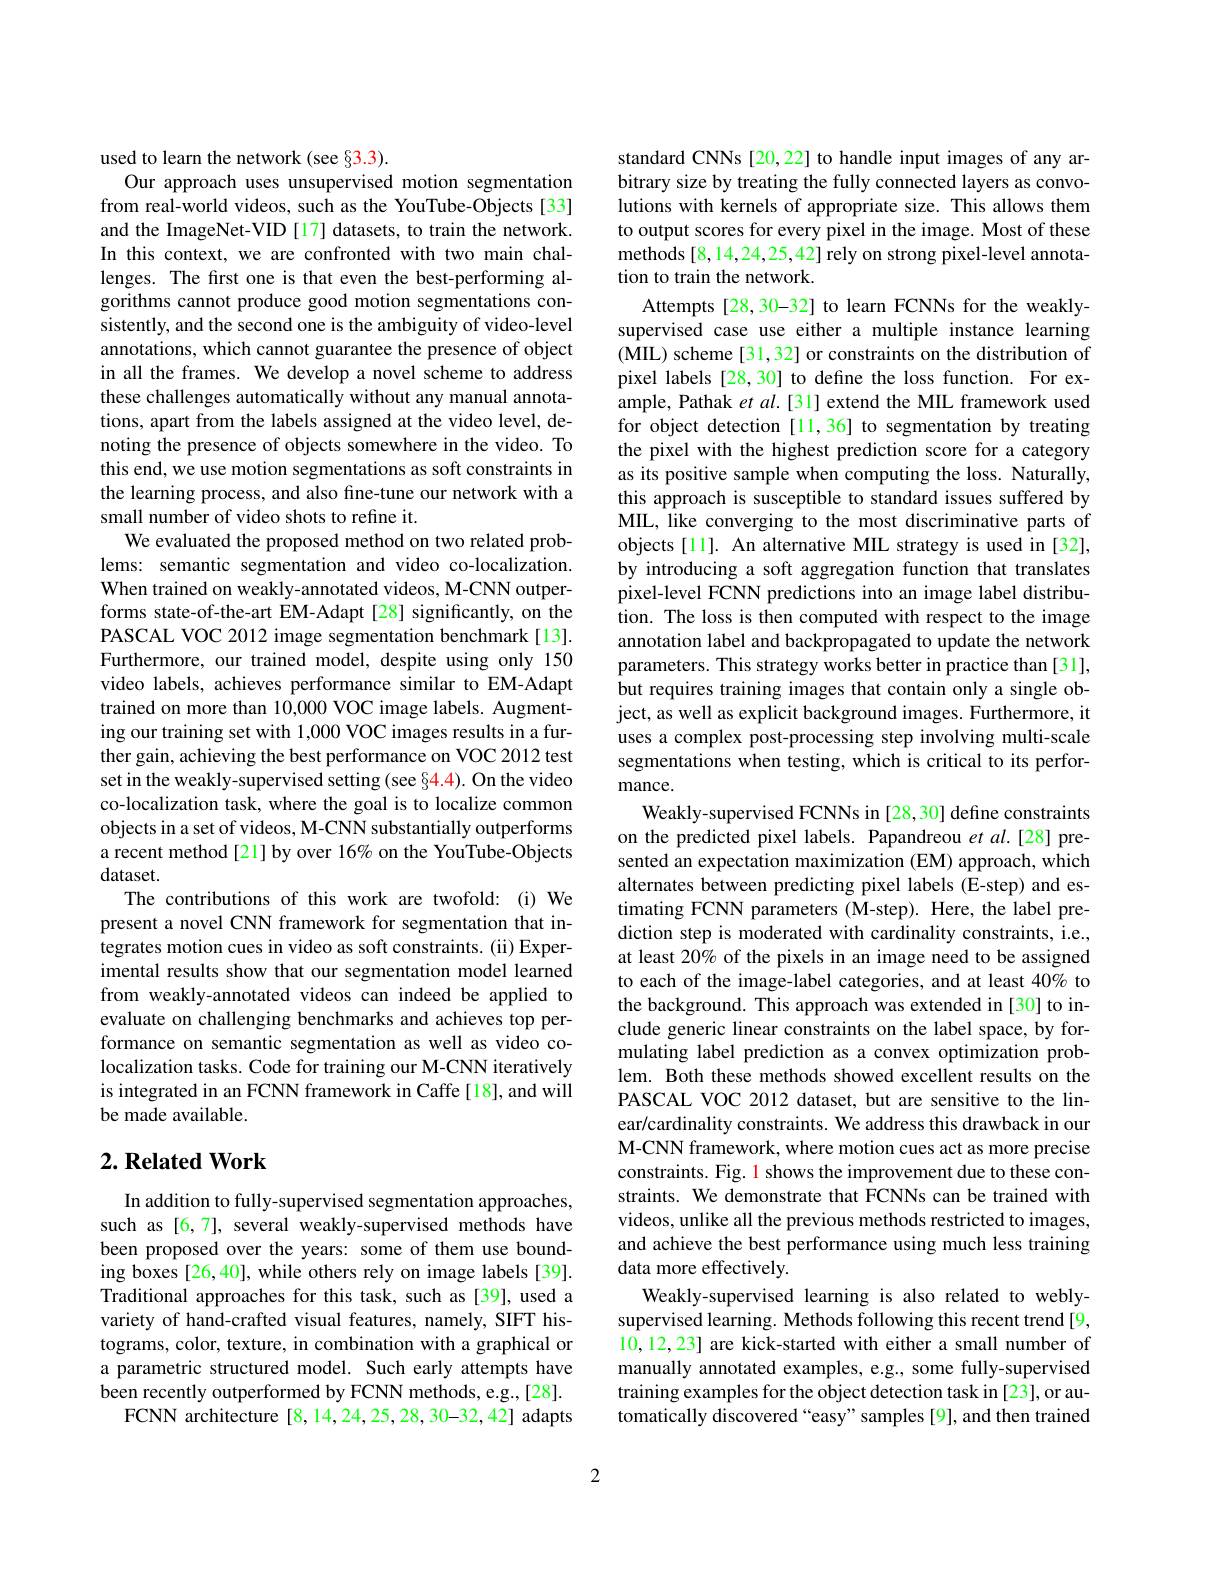
used to learn the network (see §3.3).

Our approach uses unsupervised motion segmentation from real-world videos, such as the YouTube-Objects[33] and the ImageNet-VID [17] datasets, to train the network. In this context, we are confronted with two main challenges. The first one is that even the best-performing algorithms cannot produce good motion segmentations consistently, and the second one is the ambiguity of video-level annotations, which cannot guarantee the presence of object in all the frames. We develop a novel scheme to address these challenges automatically without any manual annotations, apart from the labels assigned at the video level, denoting the presence of objects somewhere in the video. To this end, we use motion segmentations as soft constraints in the learning process, and also fine-tune our network with a small number of video shots to refine it.
We evaluated the proposed method on two related problems: semantic segmentation and video co-localization. When trained on weakly-annotated videos, M-CNN outperforms state-of-the-art EM-Adapt[28] significantly, on the PASCAL VOC 2012 image segmentation benchmark[13]. Furthermore, our trained model, despite using only 150 video labels, achieves performance similar to EM-Adapt trained on more than 10,000 VOC image labels. Augmenting our training set with 1,000 VOC images results in a further gain, achieving the best performance on VOC 2012 test set in the weakly-supervised setting (see §4.4). On the video co-localization task, where the goal is to localize common objects in a set of videos, M-CNN substantially outperforms a recent method[21] by over 16% on the YouTube-Objects dataset.
The contributions of this work are twofold: (i)We present a novel CNN framework for segmentation that integrates motion cues in video as soft constraints. (ii) Experimental results show that our segmentation model learned from weakly-annotated videos can indeed be applied to evaluate on challenging benchmarks and achieves top performance on semantic segmentation as well as video colocalization tasks. Code for training our M-CNN iteratively is integrated in an FCNN framework in Caffe[18], and will be made available.

## $2. \textbf{Related Work}$

In addition to fully-supervised segmentation approaches, such as [6,7], several weakly-supervised methods have been proposed over the years: some of them use bounding boxes [26,40], while others rely on image labels [39]. Traditional approaches for this task, such as[39], used a variety of hand-crafted visual features, namely, SIFT histograms, color, texture, in combination with a graphical or a parametric structured model. Such early attempts have been recently outperformed by FCNN methods, e.g.,[28].
FCNN architecture [8,14,24,25,28,30-32,42] adapts

standard CNNs[20,22] to handle input images of any arbitrary size by treating the fully connected layers as convolutions with kernels of appropriate size. This allows them to output scores for every pixel in the image. Most of these methods[8,14,24,25,42] rely on strong pixel-level annotation to train the network.
Attempts[28, 30-32] to learn FCNNs for the weaklysupervised case use either a multiple instance learning (MIL) scheme[31,32] or constraints on the distribution of pixel labels [28,30] to define the loss function. For example, Pathak et al.[31] extend the MIL framework used for object detection [11,36] to segmentation by treating the pixel with the highest prediction score for a category as its positive sample when computing the loss. Naturally, this approach is susceptible to standard issues suffered by MIL, like converging to the most discriminative parts of objects [11]. An alternative MIL strategy is used in [32], by introducing a soft aggregation function that translates pixel-level FCNN predictions into an image label distribution. The loss is then computed with respect to the image annotation label and backpropagated to update the network parameters. This strategy works better in practice than[31], but requires training images that contain only a single object, as well as explicit background images. Furthermore, it uses a complex post-processing step involving multi-scale segmentations when testing, which is critical to its performance.
Weakly-supervised FCNNs in [28,30] define constraints on the predicted pixel labels. Papandreou et al.[28] presented an expectation maximization (EM) approach, which alternates between predicting pixel labels (E-step) and estimating FCNN parameters (M-step). Here, the label prediction step is moderated with cardinality constraints, i.e., at least 20% of the pixels in an image need to be assigned to each of the image-label categories, and at least 40% to the background. This approach was extended in [30] to include generic linear constraints on the label space, by formulating label prediction as a convex optimization problem. Both these methods showed excellent results on the PASCAL VOC 2012 dataset, but are sensitive to the linear/cardinality constraints. We address this drawback in our M-CNN framework, where motion cues act as more precise constraints. Fig. 1 shows the improvement due to these constraints. We demonstrate that FCNNs can be trained with videos, unlike all the previous methods restricted to images, and achieve the best performance using much less training data more effectively.
Weakly-supervised learning is also related to weblysupervised learning. Methods following this recent trend [9, 10,12,23] are kick-started with either a small number of manually annotated examples, e.g., some fully-supervised training examples for the object detection task in [23], or automatically discovered “easy”samples [9], and then trained

2